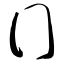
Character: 冂